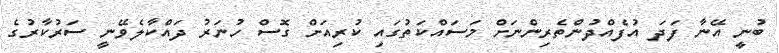
ބުނީ އޭނާ ފަދަ އުފެއްދުންތެރިންނަށް މަސައްކަތުގައި ކުރިއަށް ގޮސް ހުނަރު ދައްކާލެވޭނީ ސަރުކާރުގެ